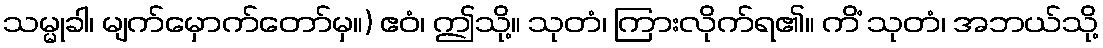
သမ္မုခါ၊ မျက်မှောက်တော်မှ။) ဧဝံ၊ ဤသို့။ သုတံ၊ ကြားလိုက်ရ၏။ ကိံ သုတံ၊ အဘယ်သို့